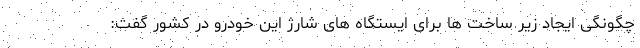
چگونگی ایجاد زیر ساخت ها برای ایستگاه های شارژ این خودرو در کشور گفت: